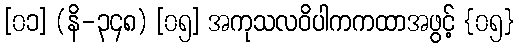
[၀၁] (နိ-၃၄၈) [၀၅] အကုသလဝိပါကကထာအဖွင့် {၀၅}